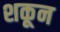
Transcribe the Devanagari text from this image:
शकून